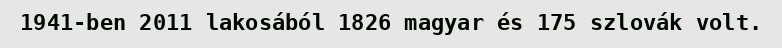
1941-ben 2011 lakosából 1826 magyar és 175 szlovák volt.